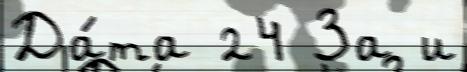
Да́та 24 За и